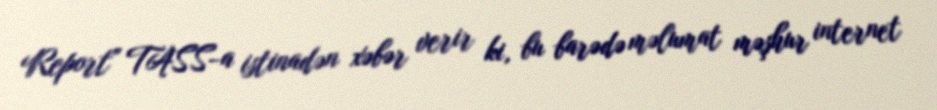
Report" TASS-a istinadən xəbər verir ki, bu barədə məlumat məşhur internet